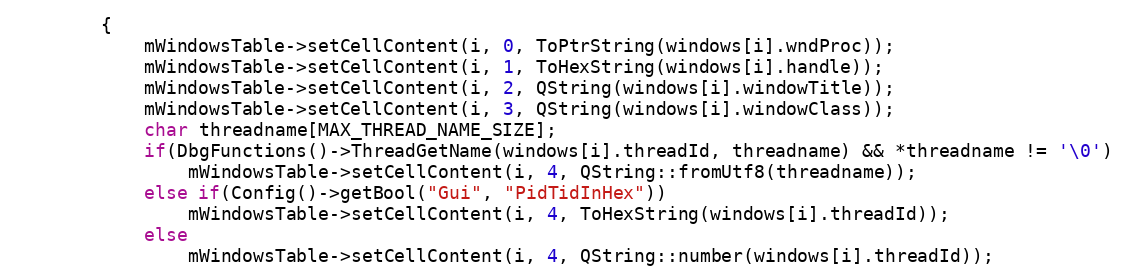
Language: C++
        {
            mWindowsTable->setCellContent(i, 0, ToPtrString(windows[i].wndProc));
            mWindowsTable->setCellContent(i, 1, ToHexString(windows[i].handle));
            mWindowsTable->setCellContent(i, 2, QString(windows[i].windowTitle));
            mWindowsTable->setCellContent(i, 3, QString(windows[i].windowClass));
            char threadname[MAX_THREAD_NAME_SIZE];
            if(DbgFunctions()->ThreadGetName(windows[i].threadId, threadname) && *threadname != '\0')
                mWindowsTable->setCellContent(i, 4, QString::fromUtf8(threadname));
            else if(Config()->getBool("Gui", "PidTidInHex"))
                mWindowsTable->setCellContent(i, 4, ToHexString(windows[i].threadId));
            else
                mWindowsTable->setCellContent(i, 4, QString::number(windows[i].threadId));